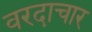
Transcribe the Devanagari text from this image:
वरदाचार